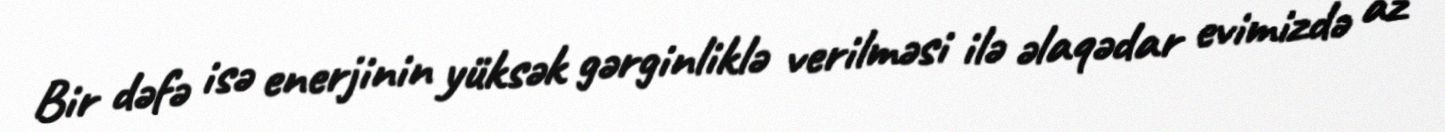
Bir dəfə isə enerjinin yüksək gərginliklə verilməsi ilə əlaqədar evimizdə az